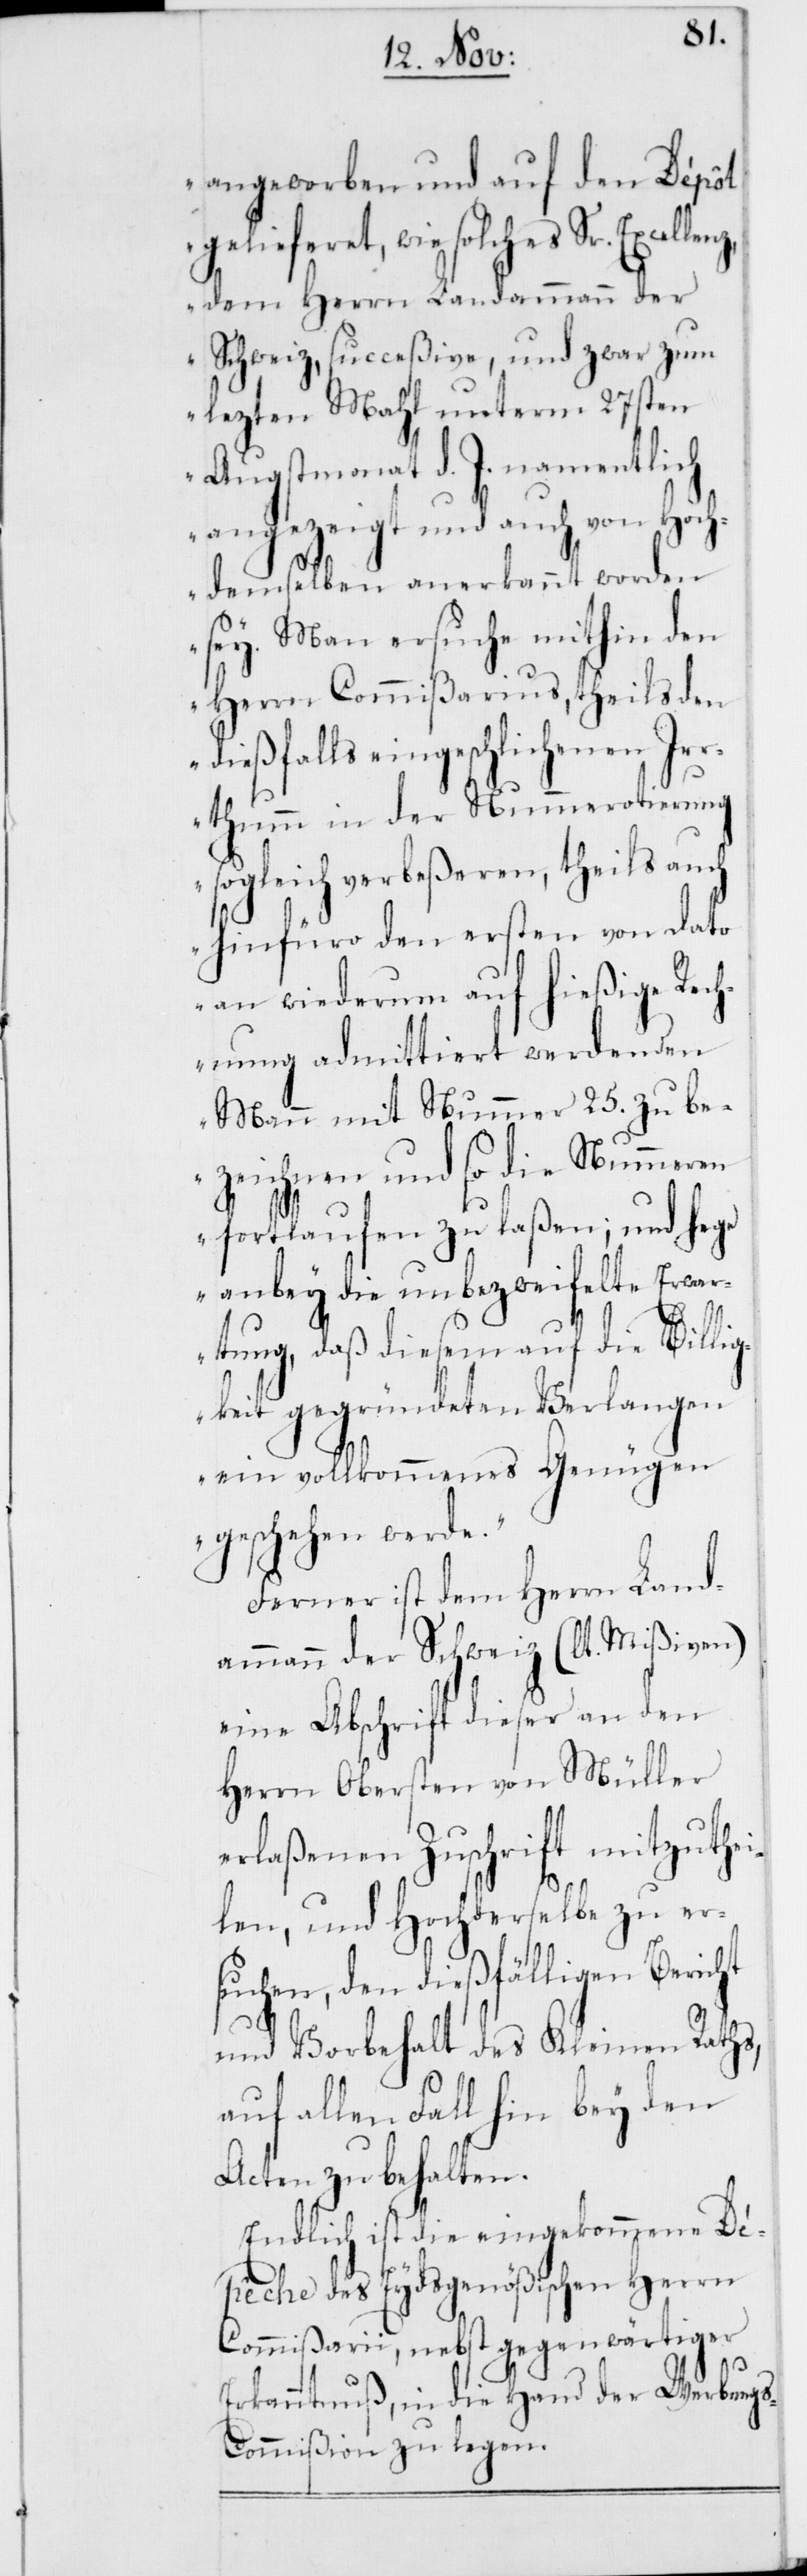
angeworben und auf den Dépôt
es
den
gelieferet, wie solch¬
dem Herrn Landammann der
Schweiz, succeßive, und zwar zum
lezten Mahl unterm 27sten
Augstmonat d. J. namentlich
angezeigt und auch von Hoch¬
demelben anerkannt worden
sey. Man ersuche mithin den
Herrn Commißarius, theils den
dießfalls eingeschlichenen Ir¬
rthum in der Nummerotierung
sogleich verbeßeren, theils auch
hinfüro den ersten von dato
an wiederum auf hießige Rech¬
nung admittiert werdenden
Mann mit Nummer 25. zu be¬
zeichnen und so die Nummeren
fortlaufen zu laßen; und hege
anbey die unbezweifelte Erwa¬
rtung, daß diesem auf die Billi¬
gkeit gegründeten Verlangen
ein vollkommenes Genügen
geschehen werde.“
Ferner ist dem Herrn Land¬
ammann der Schweiz (lt. Mißiven)
eine Abschrift dieser an
Herrn Obersten von Müller
erlaßenen Zuschrift mitzuthei¬
len, und Hochderselbe zu er¬
suchen, den dießfälligen Bericht
und Vorbehalt des Kleinen Raths,
auf allen Fall hin bey den
Acten zu behalten.
Endlich ist die eingekommene D¬
épêche des Eydsgenößischen Herrn
Commißarii, nebst gegenwärtiger
Erkanntnuß, in die Hand der Werbung¬
s-Commißion zu legen.